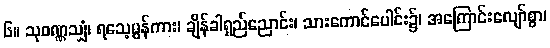
၆။ သုဝဏ္ဏသျှံ၊ ရသေ့မွန်ကား၊ ချိန်ခါရှည်ညောင်း၊ သားကောင်ပေါင်း၌၊ အကြောင်းလျော်စွာ၊